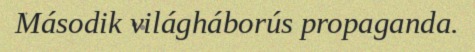
Második világháborús propaganda.